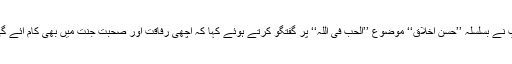
آپ نے بسلسلہ ’’حسن اخلاق‘‘ موضوع ’’الحب فی اللہ‘‘ پر گفتگو کرتے ہوئے کہا کہ اچھی رفاقت اور صحبت جنت میں بھی کام آئے گی۔